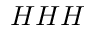
H H H